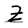
Character: Z